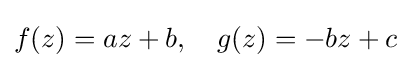
f(z)=az+b,\quad g(z)=-bz+c